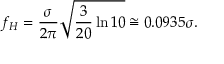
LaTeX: f _ { H } = { \frac { \sigma } { 2 \pi } } { \sqrt { { \frac { 3 } { 2 0 } } \ln 1 0 } } \cong 0 . 0 9 3 5 \sigma .